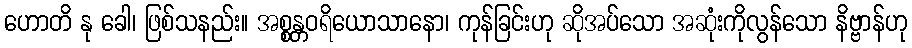
ဟောတိ နု ခေါ၊ ဖြစ်သနည်း။ အစ္စန္တဝရိယောသာနော၊ ကုန်ခြင်းဟု ဆိုအပ်သော အဆုံးကိုလွန်သော နိဗ္ဗာန်ဟု